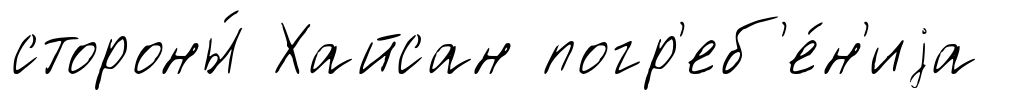
стороны́ Хайсан погр'еб'е́н'иjа